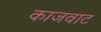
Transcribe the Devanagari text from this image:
काजवाट